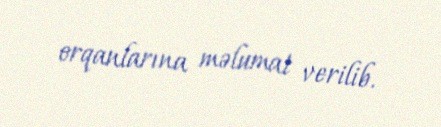
orqanlarına məlumat verilib.